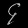
Digit: ၄